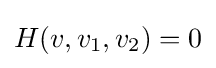
H(v,v_{1},v_{2})=0